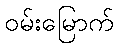
ဝမ်းမြောက်